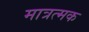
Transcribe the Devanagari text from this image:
मात्रत्मक